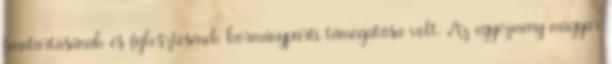
fenntartásának és fejlesztésének kormánypárti támogatása volt. Az egyezmény magyar